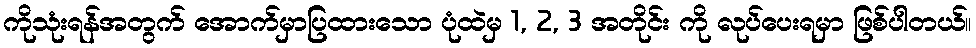
ကိုသုံးရန်အတွက် အောက်မှာပြထားသော ပုံထဲမှ 1, 2, 3 အတိုင်း ကို လုပ်ပေးရမှာ ဖြစ်ပါတယ်။